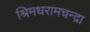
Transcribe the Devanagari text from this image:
श्रिमधरामचन्द्रा